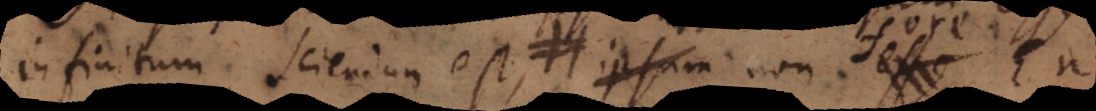
infinitum sciendum est, ipsum non esse